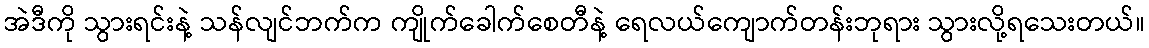
အဲဒီကို သွားရင်းနဲ့ သန်လျင်ဘက်က ကျိုက်ခေါက်စေတီနဲ့ ရေလယ်ကျောက်တန်းဘုရား သွားလို့ရသေးတယ်။